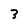
Character: 3